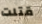
قتلت